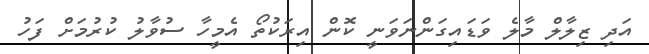
އަދި ޒިލާލް މާލެ ވަޑައިގަންނަވަނީ ކޮން އިރަކުތޯ އެމީހާ ސުވާލު ކުރުމަށް ފަހު